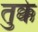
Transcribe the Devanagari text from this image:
तुक्के